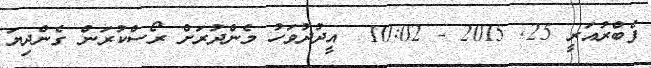
ފެބްރުއަރީ 25